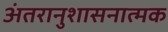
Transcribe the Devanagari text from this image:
अंतरानुशासनात्मक